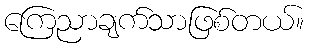
ကြေညာချက်သာဖြစ်တယ်။